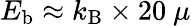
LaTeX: E_{\mathrm{b}}\approx k_{\mathrm{B}}\times 20~\mu